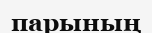
парының